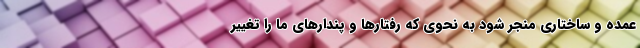
عمده و ساختاری منجر شود به نحوی که رفتارها و پندارهای ما را تغییر